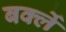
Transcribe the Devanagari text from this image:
बर्क्ले